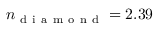
n _ { \mathrm { ~ d ~ i ~ a ~ m ~ o ~ n ~ d ~ } } = 2 . 3 9